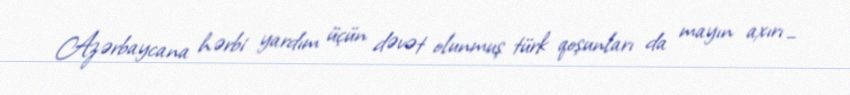
Azərbaycana hərbi yardım üçün dəvət olunmuş türk qoşunları da mayın axırı –